Investigations on Bengal jail dietaries - Number 37
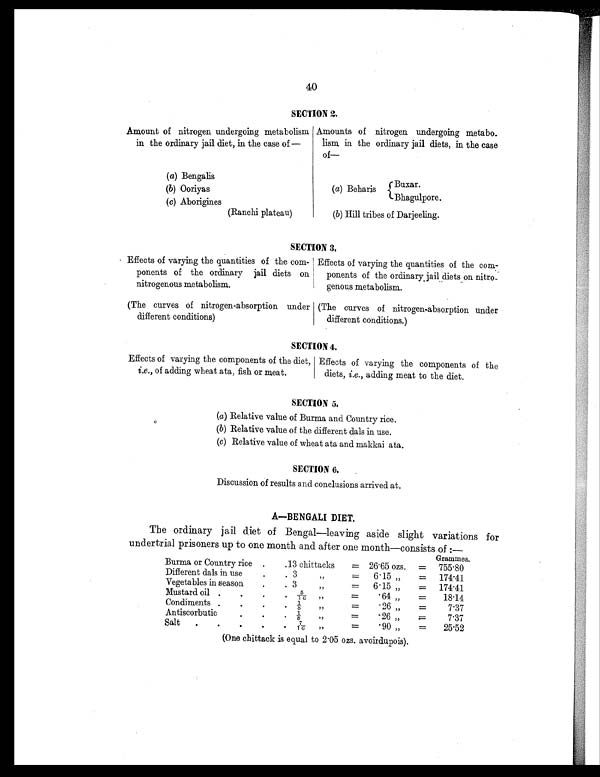
40
SECTION 2.
Amount of nitrogen undergoing metabolism
in the ordinary jail diet, in the case of —
Amounts of nitrogen undergoing metabo-
lism in the ordinary jail diets, in the case
o f —
(a) Bengalis
(b) Ooriyas
(a) Beharis
Buxar.
Bhagulpore.
(c) Aborigines
(Ranchi plateau)
(b) Hill tribes of Darjeeling.
SECTION 3.
Effects of varying the quantities of the com-
ponents of the ordinary jail diets on
nitrogenous metabolism.
Effects of varying the quantities of the com-
ponents of the ordinary jail diets on nitro-
genous metabolism.
(The curves of nitrogen-absorption under
different conditions)
(The curves of nitrogen-absorption under
different conditions.)
SECTION 4.
Effects of varying the components of the diet,
i.e., of adding wheat ata, fish or meat.
Effects of varying the components of the
diets, i.e., adding meat to the diet.
SECTION 5.
(a) Relative value of Burma and Country rice.
(b) Relative value of the different dals in use.
(c) Relative value of wheat ata and makkai ata.
SECTION 6.
Discussion of results and conclusions arrived at.
A—BENGALI DIET.
The ordinary jail diet of Bengal—leaving aside slight variations for
undertrial Prisoners up to one month and after one month—consists of :—
Burma or Country rice
.
.
13 chittacks
=
26.65 ozs. =
Grammes.
755.80
Different dals in use
.
. 3
"
=
6.15 „
=
174.41
Vegetables in season
.
. 3"
=
6.15 „
=
174.41
Mustard oil
.
.
5 / 1 6 "
=
.6 4 „
=
18.14
Condiments
.
.
1 / 8 "
=
. 2 6 „
=
7.37
Antiscorbutic
.
.
1 / 8 "
=
. 26„
=
7.37
Salt.
. .
.
.
7 / 1 6
„
=
.90 „
=
25.52
(One chittack is equal to 2.05 ozs. avoirdupois).